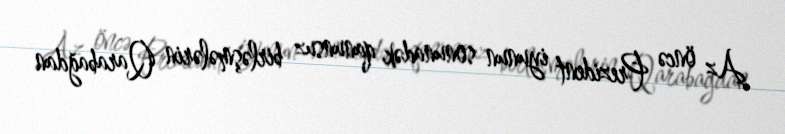
Az öncə Prezident iyunun sonunadək qanunsuz birləşmələrin Qarabağdan